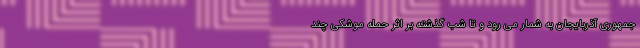
جمهوری آذربایجان به شمار می رود و تا شب گذشته بر اثر حمله موشکی چند